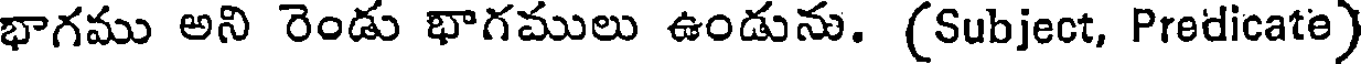
భాగము అని రెండు భాగములు ఉండును. (Subject, Predicate)